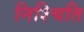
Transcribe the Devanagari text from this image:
निश्चिति